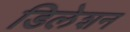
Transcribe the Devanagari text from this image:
डिलेशन